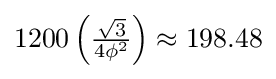
1200\left({\tfrac {\sqrt {3}}{4\phi ^{2}}}\right)\approx 198.48